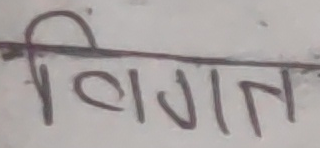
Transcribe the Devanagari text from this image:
विगत